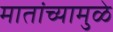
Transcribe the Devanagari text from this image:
मातांच्यामुळे